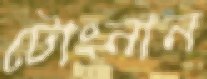
টোংনান